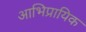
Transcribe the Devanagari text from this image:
आभिप्रायिक